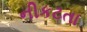
નીકટતા